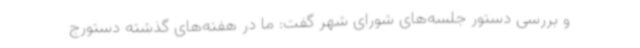
و بررسی دستور جلسه‌های شورای شهر گفت: ما در هفته‌های گذشته دستورج